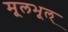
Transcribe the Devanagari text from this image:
मूलभूल्